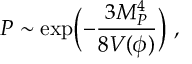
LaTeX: P \sim \exp \Bigl ( - { \frac { 3 M _ { P } ^ { 4 } } { 8 V ( \phi ) } } \Bigr ) \ ,